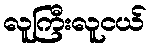
လူကြီးလူငယ်